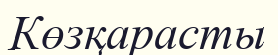
Көзқарасты